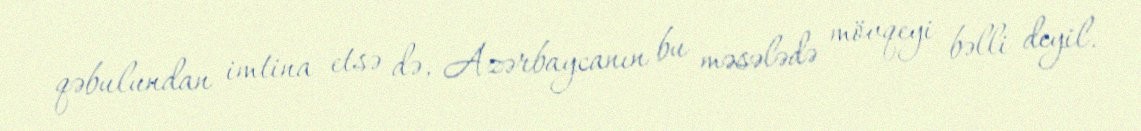
qəbulundan imtina etsə də, Azərbaycanın bu məsələdə mövqeyi bəlli deyil.